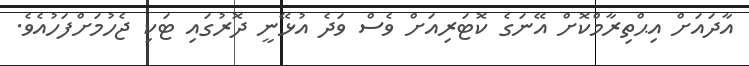
އާދައަށް އިޙްތިރާމްކޮށް އޭނަގެ ކޮޓަރިއަށް ވެސް ވަދެ އުޅޭނީ ދޮރުގައި ޓަކި ޖެހުމަށްފަހުއެވެ.